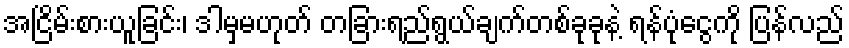
အငြိမ်းစားယူခြင်း၊ ဒါမှမဟုတ် တခြားရည်ရွယ်ချက်တစ်ခုခုနဲ့ ရန်ပုံငွေကို ပြန်လည်